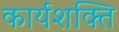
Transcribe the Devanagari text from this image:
कार्यशक्‍ति